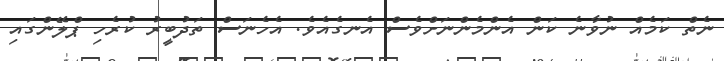
ނެތް ކަމެއް ނުވާނެ ކަން އެންމެންނަށްވެސް އެނގެއެވެ. އެހެނަސް ތަދުބީރު ކުރެހި ޕްލޭންގައި